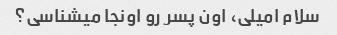
سلام امیلی، اون پسر رو اونجا میشناسی؟